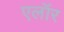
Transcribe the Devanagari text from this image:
एलॉर